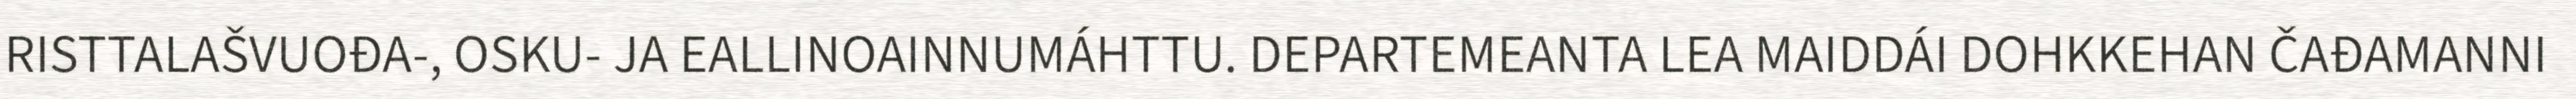
RISTTALAŠVUOĐA-, OSKU- JA EALLINOAINNUMÁHTTU. DEPARTEMEANTA LEA MAIDDÁI DOHKKEHAN ČAĐAMANNI